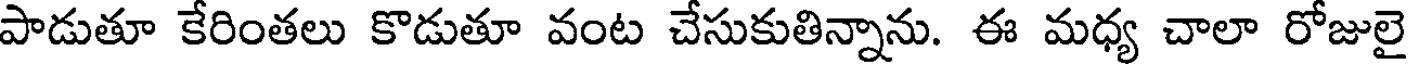
పాడుతూ కేరింతలు కొడుతూ వంట చేసుకుతిన్నాను. ఈ మధ్య చాలా రోజులై